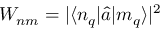
W _ { n m } = | \langle n _ { q } | \hat { a } | m _ { q } \rangle | ^ { 2 }